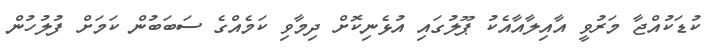
ކުޑަކުއްޖާ މަރުވީ އާއިލާއާއެކު ޕޫލުގައި އުޅެނިކޮށް ދިމާވި ކަމެއްގެ ސަބަބުން ކަމަށް ފުލުހުން